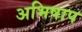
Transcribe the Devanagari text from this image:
अभिषाप